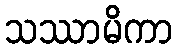
သဿာမိကာ